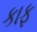
કાફ